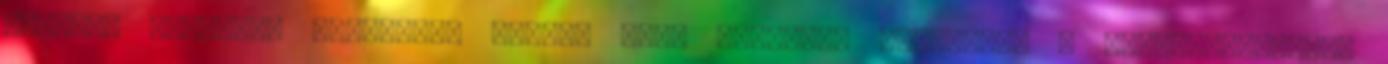
legjobb megoldás érdekében minden tőle telhetőt megtenni. A bűncselekmények